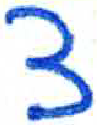
אות: צ